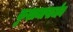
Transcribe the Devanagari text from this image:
कुशामापार्जन